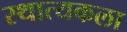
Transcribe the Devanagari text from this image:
स्थात्यकला